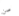
صن